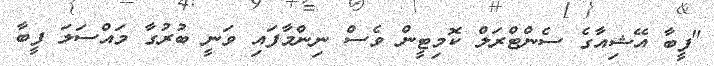
"ފީބާ އޭޝިއާގެ ސެންޓްރަލް ކޮމިޓީން ވެސް ނިންމާފައި ވަނީ ބުރުގާ މައްސަލަ ފީބާ